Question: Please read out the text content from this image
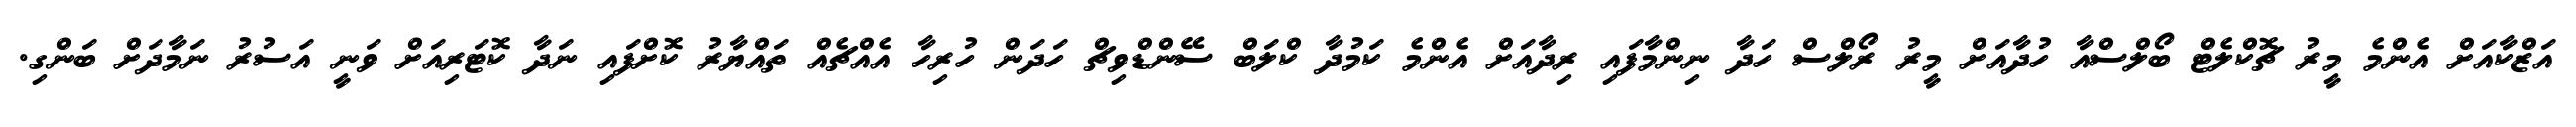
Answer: އަޒްކާއަށް އެންމެ މީރު ޗޮކްލެޓް ބޯލްސްއާ ހުދާއަށް މީރު ރޯލްސް ހަދާ ނިންމާފައި ރިދާއަށް އެންމެ ކަމުދާ ކްލަބް ސޭންޑްވިޗް ހަދަން ހުރިހާ އެއްޗެއް ތައްޔާރު ކޮށްފައި ނަދާ ކޮޓަރިއަށް ވަނީ އަސުރު ނަމާދަށް ބަންގި.